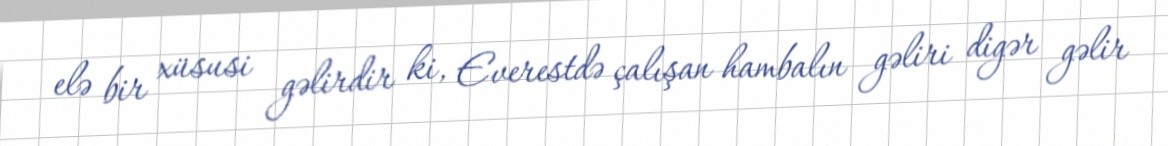
elə bir xüsusi gəlirdir ki, Everestdə çalışan hambalın gəliri digər gəlir